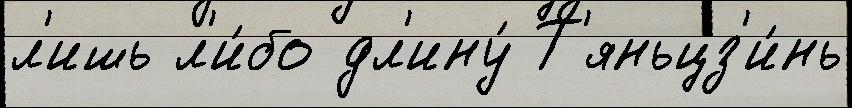
л'ишь л'и́бо дл'ину́ Т'яньцз'и́нь